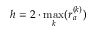
h = 2 \cdot \operatorname* { m a x } _ { k } ( r _ { a } ^ { ( k ) } )